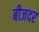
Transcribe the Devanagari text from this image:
बीजदर